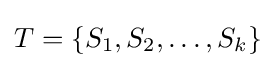
T=\{S_{1},S_{2},\dots ,S_{k}\}